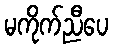
မကိုက်ညီပေ